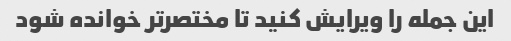
این جمله را ویرایش کنید تا مختصرتر خوانده شود